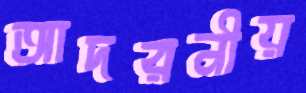
আদরনীয়